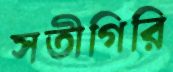
সতীগিরি